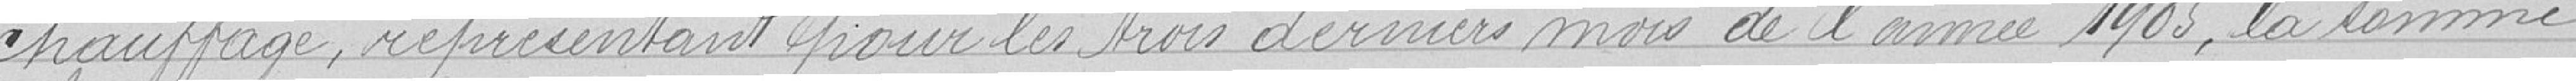
chauffage, représentant pour les trois derniers mois de l'année 1905, la somme